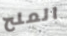
الملح